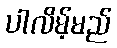
ပါလိမ့်မည်